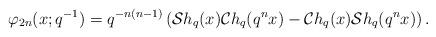
LaTeX: \begin{align*} \varphi_{2n}(x;q^{-1})=q^{-n(n-1)}\left(\mathcal{S}h_{q}(x)\mathcal{C}h_{q}(q^{n}x)-\mathcal{C}h_{q}(x)\mathcal{S}h_{q}(q^{n}x)\right). \end{align*}